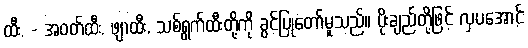
ထီး, - အဝတ်ထီး, ဖျာထီး, သစ်ရွက်ထီးတို့ကို ခွင့်ပြုတော်မူသည်။ ပိုးချည်တို့ဖြင့် လှပအောင်